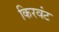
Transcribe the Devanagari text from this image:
किरवंट